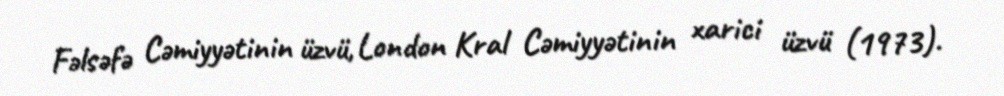
Fəlsəfə Cəmiyyətinin üzvü, London Kral Cəmiyyətinin xarici üzvü (1973).